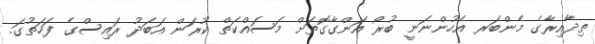
ތިދާއިރާގެ މެންބަރ އެހުންނަނީ ބުރޯ އަންގާގޮތަށް މަސައްކަތް ކުރަން އަބަދު ރައިސްގެ ފަހަތުގަ.